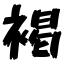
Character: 褐